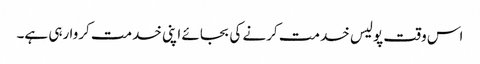
اس وقت پولیس خدمت کرنے کی بجائے اپنی خدمت کروا رہی ہے۔